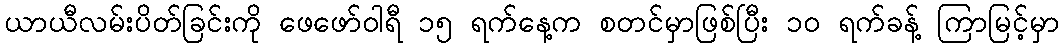
ယာယီလမ်းပိတ်ခြင်းကို ဖေဖော်ဝါရီ ၁၅ ရက်နေ့က စတင်မှာဖြစ်ပြီး ၁၀ ရက်ခန့် ကြာမြင့်မှာ